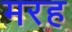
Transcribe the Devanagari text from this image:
मरह